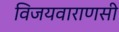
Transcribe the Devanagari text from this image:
विजयवाराणसी